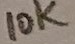
Text: 10K